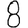
Digit: 8